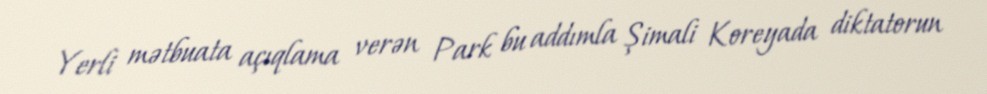
Yerli mətbuata açıqlama verən Park bu addımla Şimali Koreyada diktatorun